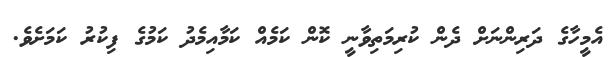
އެމީހާގެ ދަރިންނަށް ދެން ކުރިމަތިވާނީ ކޮން ކަމެއް ކަމާއިމެދު ކަމުގެ ފިކުރު ކަމަށެވެ.